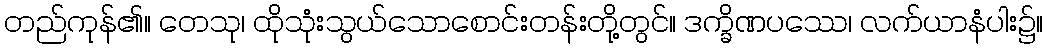
တည်ကုန်၏။ တေသု၊ ထိုသုံးသွယ်သောစောင်းတန်းတို့တွင်။ ဒက္ခိဏပဿေ၊ လက်ယာနံပါး၌။